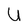
Character: U